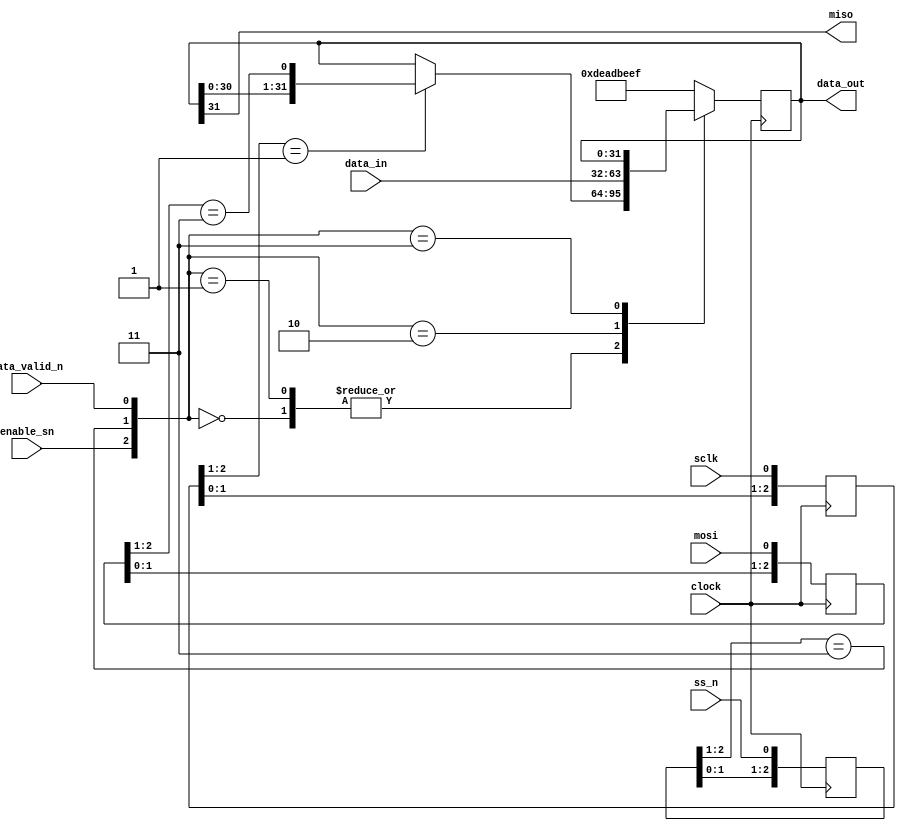
// SPDX-FileCopyrightText: 2020 Efabless Corporation
//
// Licensed under the Apache License, Version 2.0 (the "License");
// you may not use this file except in compliance with the License.
// You may obtain a copy of the License at
//
//      http://www.apache.org/licenses/LICENSE-2.0
//
// Unless required by applicable law or agreed to in writing, software
// distributed under the License is distributed on an "AS IS" BASIS,
// WITHOUT WARRANTIES OR CONDITIONS OF ANY KIND, either express or implied.
// See the License for the specific language governing permissions and
// limitations under the License.
// SPDX-License-Identifier: Apache-2.0

`default_nettype none
/*
 *-------------------------------------------------------------
 *
 * spi_mod
 *
 *
 *-------------------------------------------------------------
 */
module spi_mod
(
`ifdef USE_POWER_PINS
    inout vccd1,	// User area 1 1.8V supply
    inout vssd1,	// User area 1 digital ground
`endif
  input wire clock,
  input wire enable_sn,
  input wire sclk,
  input wire mosi,
  input wire ss_n,
  output wire miso,
  input wire data_valid_n,
  output wire [31:0] data_out,
  input wire [31:0] data_in
);



  /*always@(*)
  begin
    case({ss_n,data_ready_n})
      2'b00: data_sig <= {data_reg,mosi};
      2'b01: data_sig <= {data_reg,mosi};
      2'b10: data_sig <= data_in;
      2'b11: data_sig <= {miso,data_reg};
    endcase
  end

  always@(posedge sclk, negedge data_valid_n)
  begin
    if(data_valid_n == 1'b0)
	   {miso,data_reg} <= data_in;
	 else
      {miso,data_reg} <= data_sig;
  end
  */
/*
  always@(posedge sclk , negedge data_valid_n)
  begin
    if(data_valid_n)
    begin
      if(ss_n)
      begin
       {miso,data_reg} <= {miso,data_reg};
      end
      else
      begin
       {miso,data_reg} <= {data_reg,mosi};
      end
    end
    else
    begin
      {miso,data_reg} <= data_in; 
    end
  end
*/
  //assign data_out = {miso,data_reg};

  reg [2:0] sclk_reg;
  reg [2:0] ss_n_reg;
  reg [2:0] mosi_reg;
  reg [31:0] spi_data;
  wire sclk_rising_edge;
  //wire sclk_falling_edge;
  wire ss_n_enable;
  wire mosi_data;

  always@(posedge clock)
    sclk_reg <= {sclk_reg[1:0],sclk};

  always@(posedge clock)
    ss_n_reg <= {ss_n_reg[1:0],ss_n};

  always@(posedge clock)
    mosi_reg <= {mosi_reg[1:0],mosi};
    
  assign sclk_rising_edge = (sclk_reg[2:1] == 2'b01);
  //assign sclk_falling_edge = (sclk_reg[1:0] == 2'b10);
  assign ss_n_enable = (ss_n_reg[2:1] == 3'b11);
  assign mosi_data = (mosi_reg[2:1] == 3'b11);

/*
  always@(posedge clock)
  begin
    if(~enable_sn)
    begin
      spi_data = 32'b0;
    end
    else
    begin
      if(~ss_n_enable)
      begin
        if(sclk_rising_edge)
        begin
          spi_data <= {spi_data[31:1],mosi_data};
        end
        else
        begin
          if(~data_valid_n)
          begin
            spi_data <= data_in;
          end
          else
          begin
            spi_data <= spi_data;
          end
        end
      end
      else
      begin
        spi_data = 32'b0;
      end
    end
  end
*/
  always@(posedge clock)
  begin
    case({enable_sn,ss_n_enable,data_valid_n})
      3'b000: spi_data <= sclk_rising_edge ? {spi_data[30:0],mosi_data} : spi_data;
      3'b001: spi_data <= sclk_rising_edge ? {spi_data[30:0],mosi_data} : spi_data;
      3'b001: spi_data <= sclk_rising_edge ? {spi_data[30:0],mosi_data} : spi_data;
      3'b010: spi_data <= data_in;
      3'b011: spi_data <= spi_data;
      default: spi_data <= 32'hDEADBEEF;
    endcase
  end


  assign data_out = spi_data;
  assign miso = spi_data[31];


endmodule